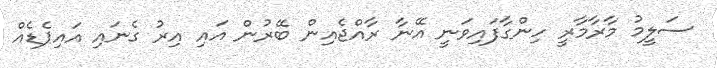
ސަލީމު މާރާމާރީ ހިންގާފައިވަނީ އޭނާ ރާއްޖެއިން ބޭރުން އައި އިރު ގެނައި އައިޕެޑެއް